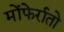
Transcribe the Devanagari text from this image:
मोंफेर्रातो